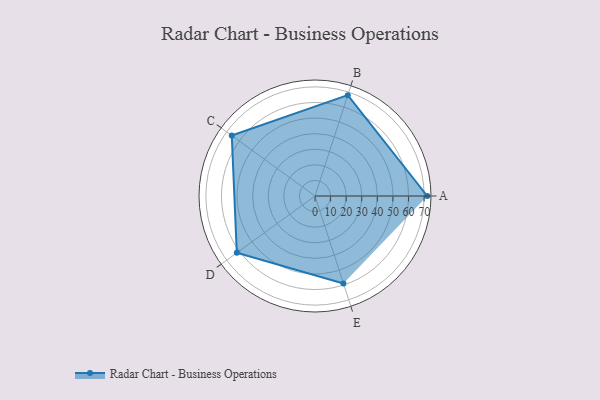
{"axis": {"x": "Skill", "y": "Score"}, "legend": ["Profile"], "data": [{"x": "A", "y": 72.0, "type": "Profile"}, {"x": "B", "y": 68.0, "type": "Profile"}, {"x": "C", "y": 66.0, "type": "Profile"}, {"x": "D", "y": 62.0, "type": "Profile"}, {"x": "E", "y": 59.0, "type": "Profile"}]}